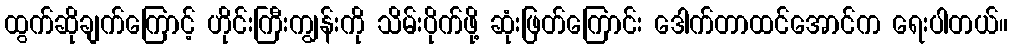
ထွက်ဆိုချက်ကြောင့် ဟိုင်းကြီးကျွန်းကို သိမ်းပိုက်ဖို့ ဆုံးဖြတ်ကြောင်း ဒေါက်တာထင်အောင်က ရေးပါတယ်။